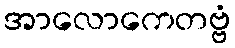
အာလောကေတဗ္ဗံ